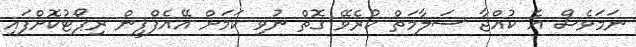
ނަމަވެސް އެ ކުއްޖާ ސަލާމަތް ކުރެވޭ ގޮތް ނުވި ކަމަށް އޭއެފްޕީން ރިޕޯޓުކޮށްފައި